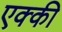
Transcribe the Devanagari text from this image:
एक्की